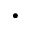
\bullet